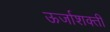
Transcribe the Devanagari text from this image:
ऊर्जाशक्ती